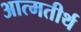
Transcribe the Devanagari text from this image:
आत्मतीर्थ